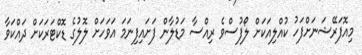
މިއޮފަރޭޝަނަށްފަހު ކުއްލިއަކަށް ލޯފުސްވެ ރިއްސާ މަޑުލާން ފަށައިފިނަމަ އަވަހަށް ލޮލުގެ ޑޮކްޓަރަކަށް ދައްކަވާ